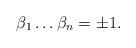
LaTeX: \begin{align*}\beta_1\ldots \beta_n=\pm 1.\end{align*}